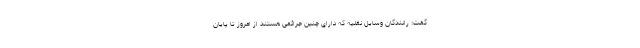
گفت: رانندگان وسایل نقلیه که دارای چنین جرائمی هستند از امروز تا پایان